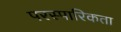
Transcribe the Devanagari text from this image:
परस्पारिकता